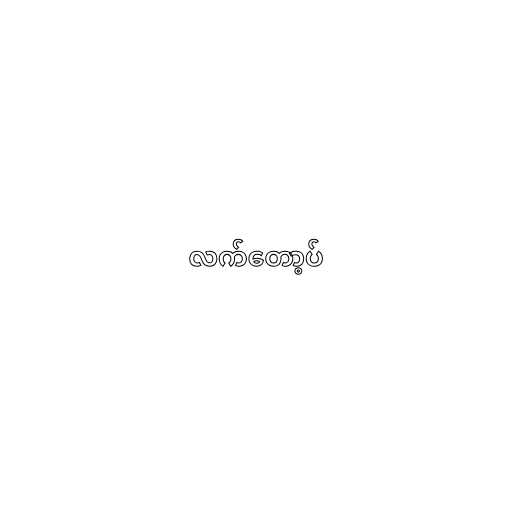
လက်တော့ပ်